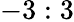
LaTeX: -3:3